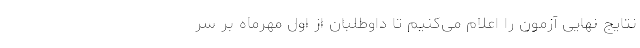
نتایج نهایی آزمون را اعلام می‌کنیم تا داوطلبان از اول مهرماه بر سر